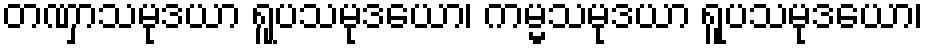
တဏှာသမုဒယာ ရူပသမုဒယော၊ ကမ္မသမုဒယာ ရူပသမုဒယော၊